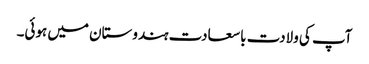
آپ کی ولادت با سعادت ہندوستان میں ہوئی۔